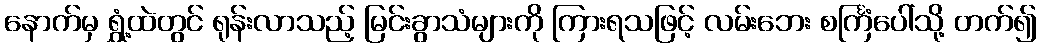
နောက်မှ ရွှံ့ထဲတွင် ရုန်းလာသည့် မြင်းခွာသံများကို ကြားရသဖြင့် လမ်းဘေး စင်္ကြံပေါ်သို့ တက်၍